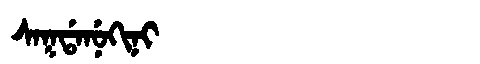
Manchu: ᠰᠠᡴᡩᠠᠨᡠᡴᡳᠨᡳ
Romanization: SAKDANUKINI